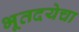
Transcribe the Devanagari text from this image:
भूतदयेचा